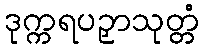
ဒုက္ကရပဉှာသုတ္တံ